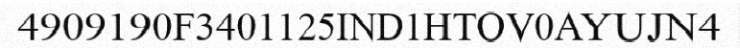
4909190F3401125IND1HTOV0AYUJN4